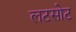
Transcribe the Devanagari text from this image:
लटसोट